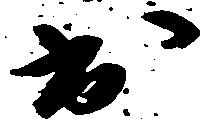
出